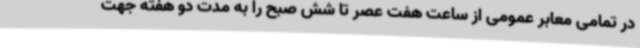
در تمامی معابر عمومی از ساعت هفت عصر تا شش صبح را به مدت دو هفته جهت